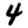
Digit: 4